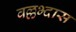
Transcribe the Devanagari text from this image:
वल्लभ्दास